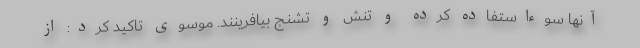
آنها سوء‌استفاده کرده و تنش و تشنج بیافرینند. موسوی تاکید کرد: از